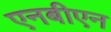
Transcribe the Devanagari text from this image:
एनबीएन